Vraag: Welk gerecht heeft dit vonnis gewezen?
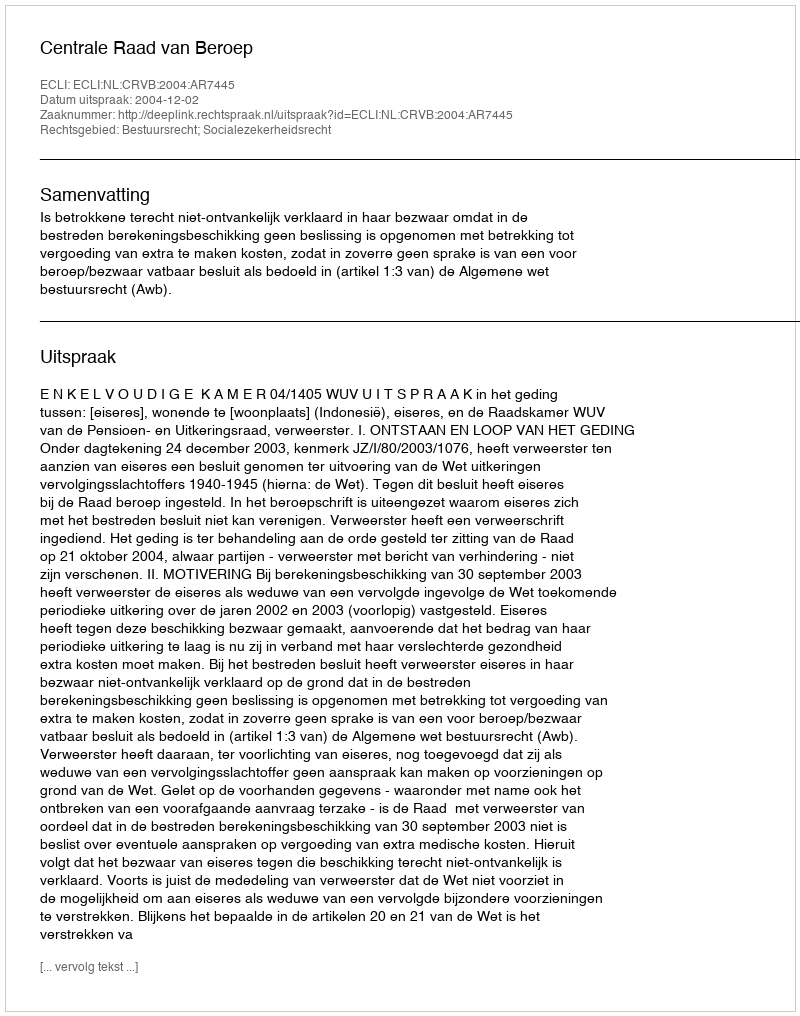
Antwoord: Centrale Raad van Beroep